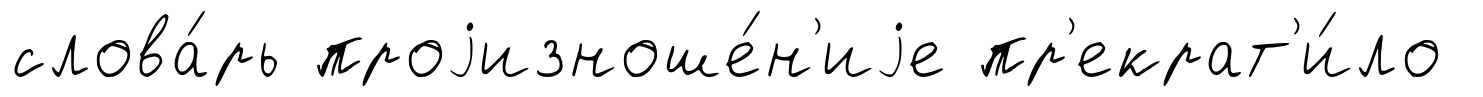
слова́рь проjизноше́н'иjе пр'екрат'и́ло